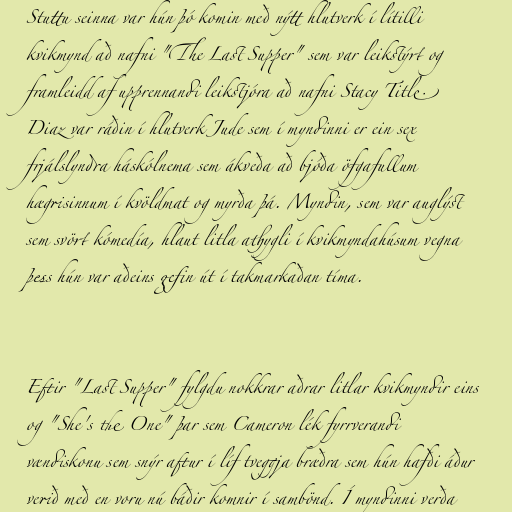
Stuttu seinna var hún þó komin með nýtt hlutverk í lítilli
kvikmynd að nafni "The Last Supper" sem var leikstýrt og
framleidd af upprennandi leikstjóra að nafni Stacy Title.
Diaz var ráðin í hlutverk Jude sem í myndinni er ein sex
frjálslyndra háskólnema sem ákveða að bjóða öfgafullum
hægrisinnum í kvöldmat og myrða þá. Myndin, sem var auglýst
sem svört kómedía, hlaut litla athygli í kvikmyndahúsum vegna
þess hún var aðeins gefin út í takmarkaðan tíma.

Eftir "Last Supper" fylgdu nokkrar aðrar litlar kvikmyndir eins
og "She's the One" þar sem Cameron lék fyrrverandi
vændiskonu sem snýr aftur í líf tveggja bræðra sem hún hafði áður
verið með en voru nú báðir komnir í sambönd. Í myndinni verða